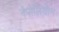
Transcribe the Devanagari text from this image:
नेपोलियोन